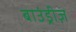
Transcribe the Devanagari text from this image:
बाउंड्रीज़